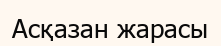
Асқазан жарасы